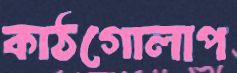
কাঠগোলাপ